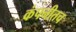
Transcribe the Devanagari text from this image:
कंपनीतच